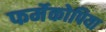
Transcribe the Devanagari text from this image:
फर्मेकोपिया